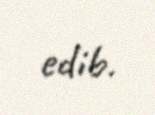
edib.